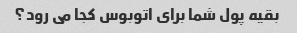
بقیه پول شما برای اتوبوس کجا می رود؟